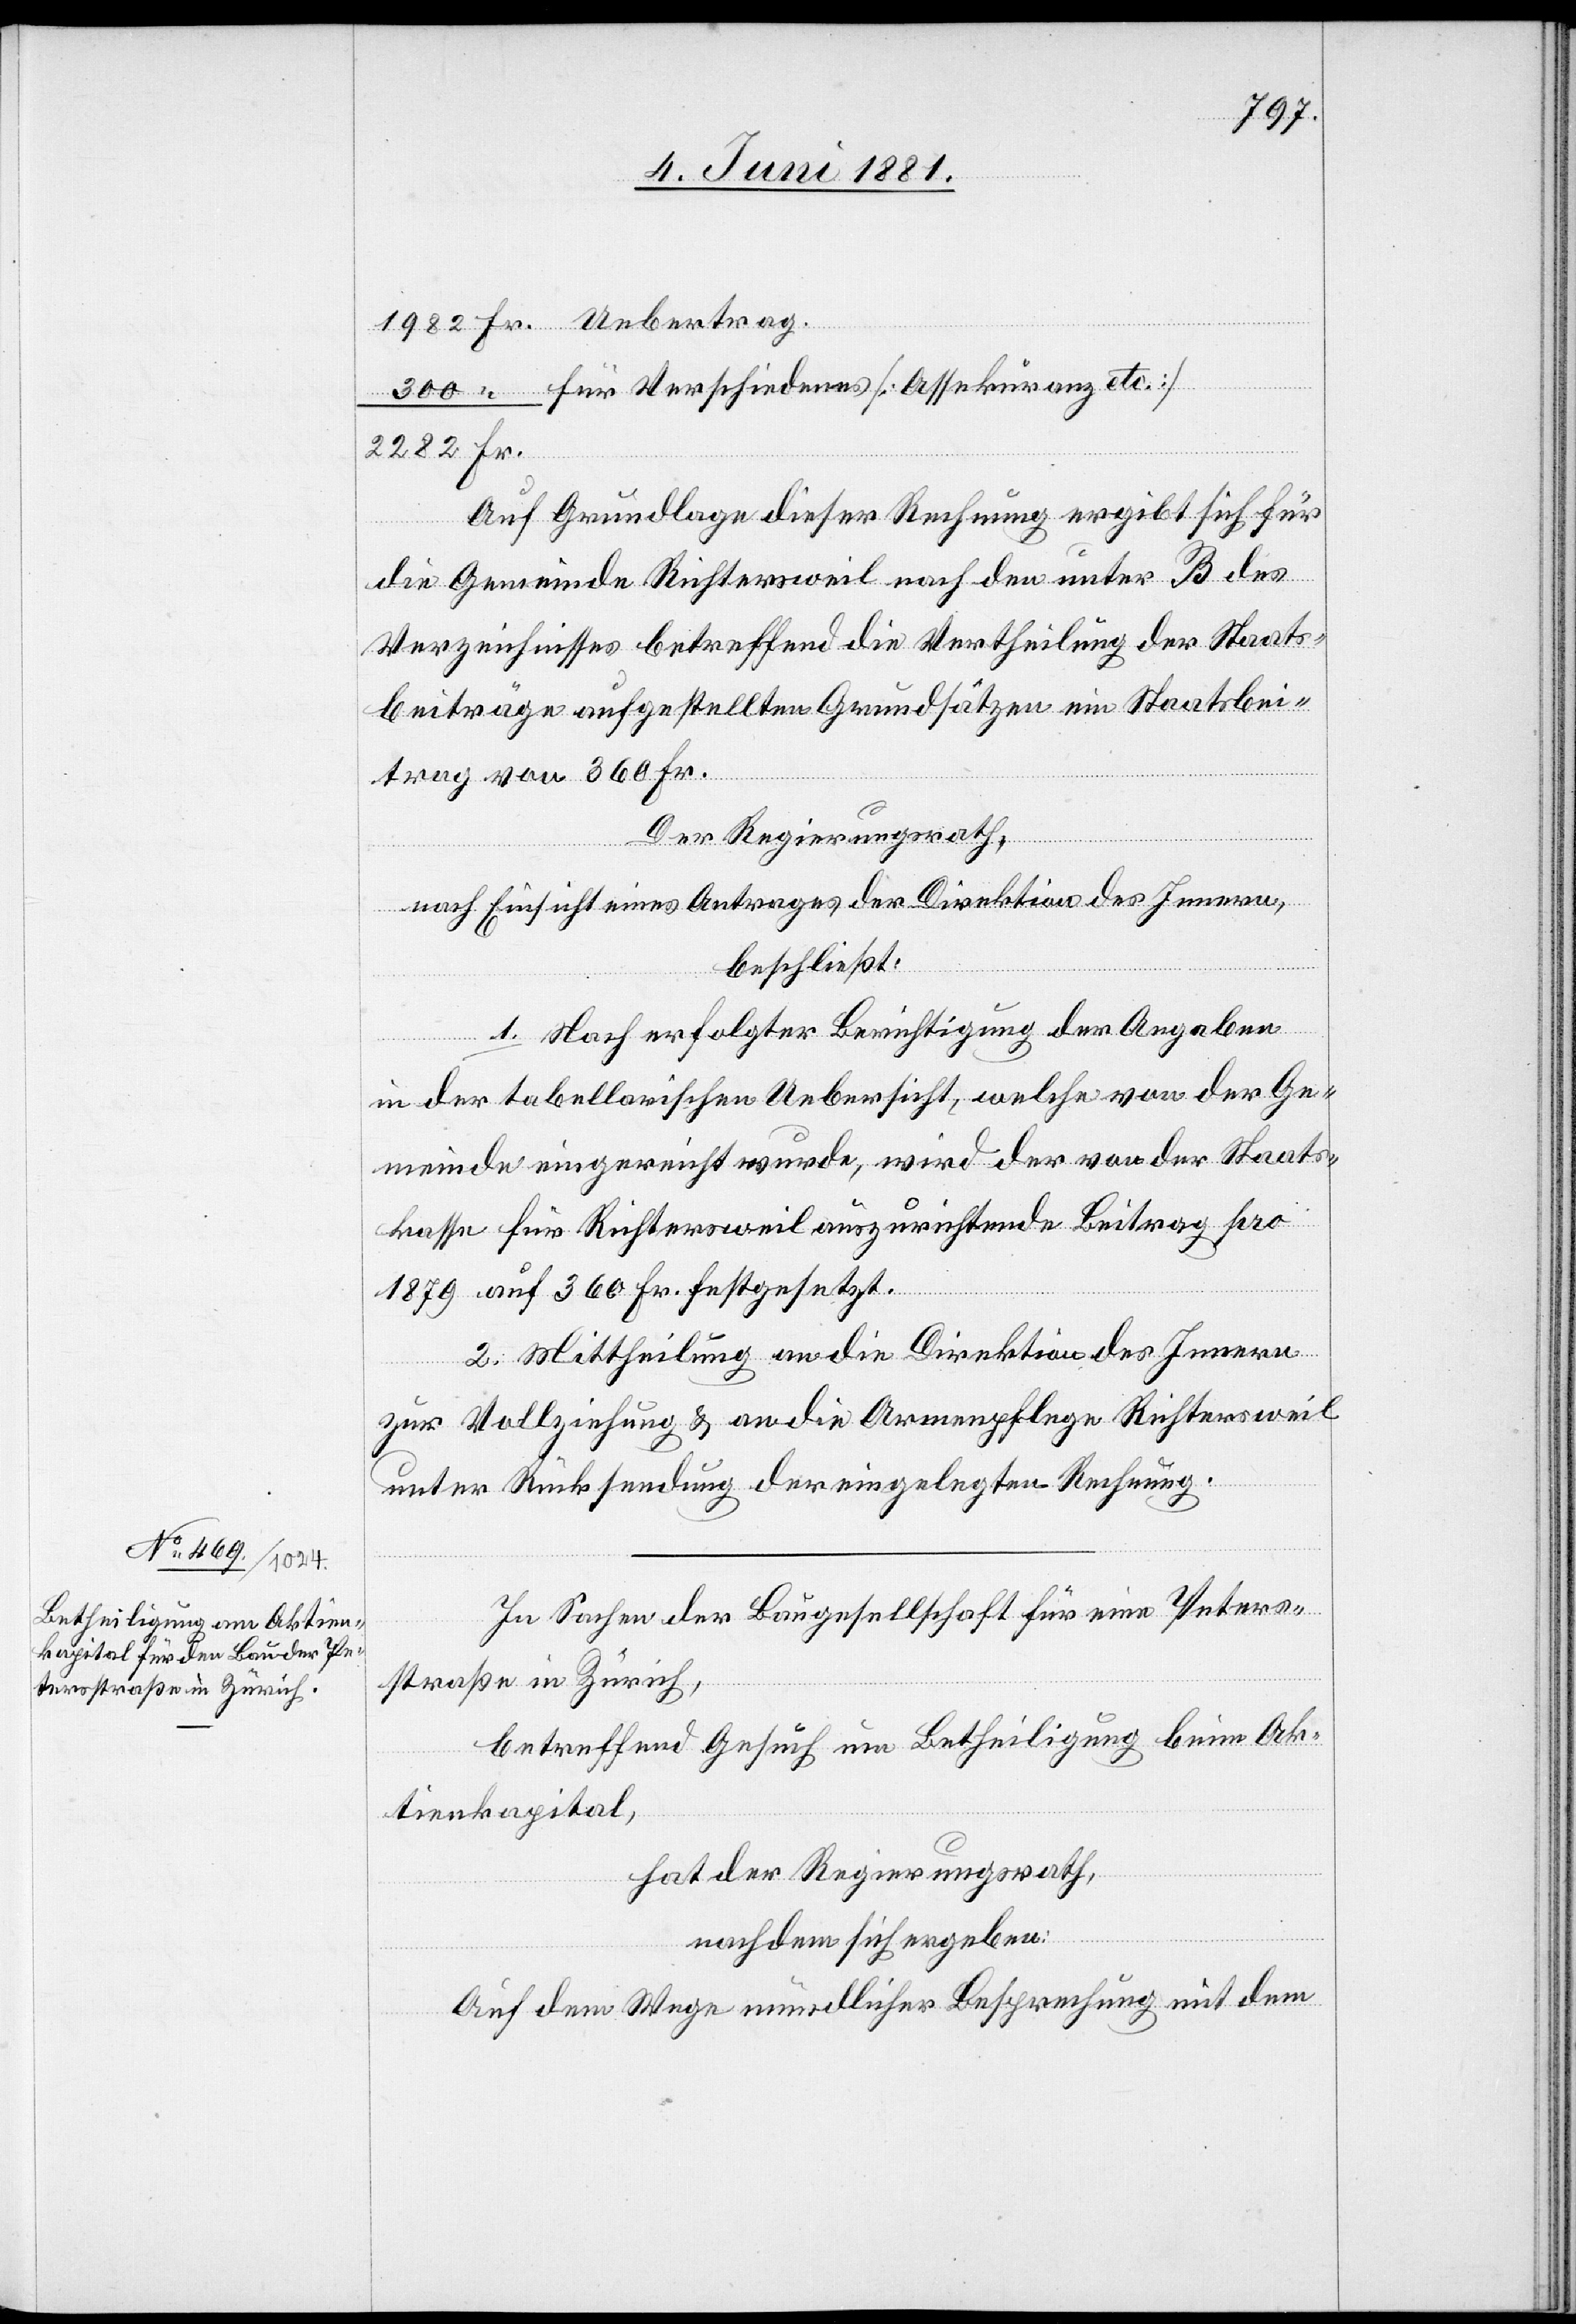
Fr.
für Verschiedenes [Assekuranz etc.]
Auf Grundlage dieser Rechnung ergibt sich für
die Gemeinde Richtersweil nach den unter B. des
Verzeichnisses betreffend die Vertheilung der Staats¬
beiträge aufgestellten Grundsätzen ein Staatsbei¬
trag von 360 Fr.
Der Regierungsrath,
nach Einsicht eines Antrages der Direktion des Innern,
beschließt:
1. Nach erfolgter Berichtigung der Angaben
in der tabellarischen Uebersicht, welche von der Ge¬
meinde eingereicht wurde, wird der von der Staats¬
kasse für Richtersweil auszurichtende Beitrag pro
1879 auf 360 Fr. festgesetzt.
2. Mittheilung an die Direktion des Innern
zur Vollziehung & an die Armenpflege Richtersweil
unter Rücksendung der eingelegten Rechnung.
In Sachen der Baugesellschaft für eine Peters¬
straße in Zürich,
betreffend Gesuch um Betheiligung beim Ak¬
tienkapital,
hat der Regierungsrath,
nachdem sich ergeben:
Auf dem Wege mündlicher Besprechung mit dem